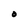
Character: O